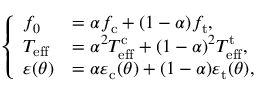
\left\{ \begin{array} { l l } { f _ { 0 } } & { = \alpha f _ { \mathrm { c } } + ( 1 - \alpha ) f _ { \mathrm { t } } , } \\ { T _ { \mathrm { e f f } } } & { = \alpha ^ { 2 } T _ { \mathrm { e f f } } ^ { \mathrm { c } } + ( 1 - \alpha ) ^ { 2 } T _ { \mathrm { e f f } } ^ { \mathrm { t } } , } \\ { \varepsilon ( \theta ) } & { = \alpha \varepsilon _ { \mathrm { c } } ( \theta ) + ( 1 - \alpha ) \varepsilon _ { \mathrm { t } } ( \theta ) , } \end{array} \right.